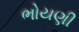
ભોયણી